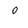
Character: 0